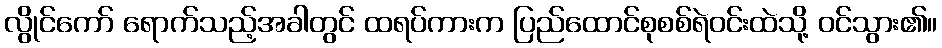
လွိုင်ကော် ရောက်သည့်အခါတွင် ထရပ်ကားက ပြည်ထောင်စုစစ်ရဲဝင်းထဲသို့ ဝင်သွား၏။